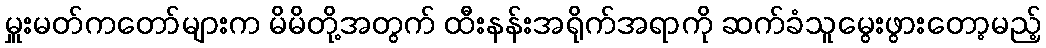
မှူးမတ်ကတော်များက မိမိတို့အတွက် ထီးနန်းအရိုက်အရာကို ဆက်ခံသူမွေးဖွားတော့မည့်